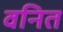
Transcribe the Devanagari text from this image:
वनित